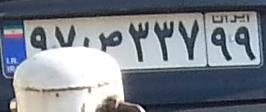
۹۷ص۳۳۷۹۹